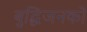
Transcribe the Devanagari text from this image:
बुद्धिजनको